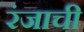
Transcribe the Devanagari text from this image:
रंजाची